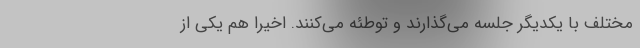
مختلف با یکدیگر جلسه می‌گذارند و توطئه می‌کنند. اخیراً هم یکی از